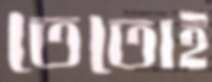
তেতোই